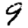
Digit: 9